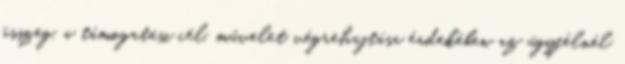
összeg, a támogatási cél, művelet végrehajtása érdekében az ügyfélnél